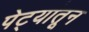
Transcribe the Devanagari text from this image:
पेट्यांतून